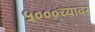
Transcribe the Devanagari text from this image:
५०००च्यावर